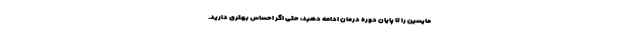
مایسین را تا پایان دوره درمان ادامه دهید، حتی اگر احساس بهتری دارید.